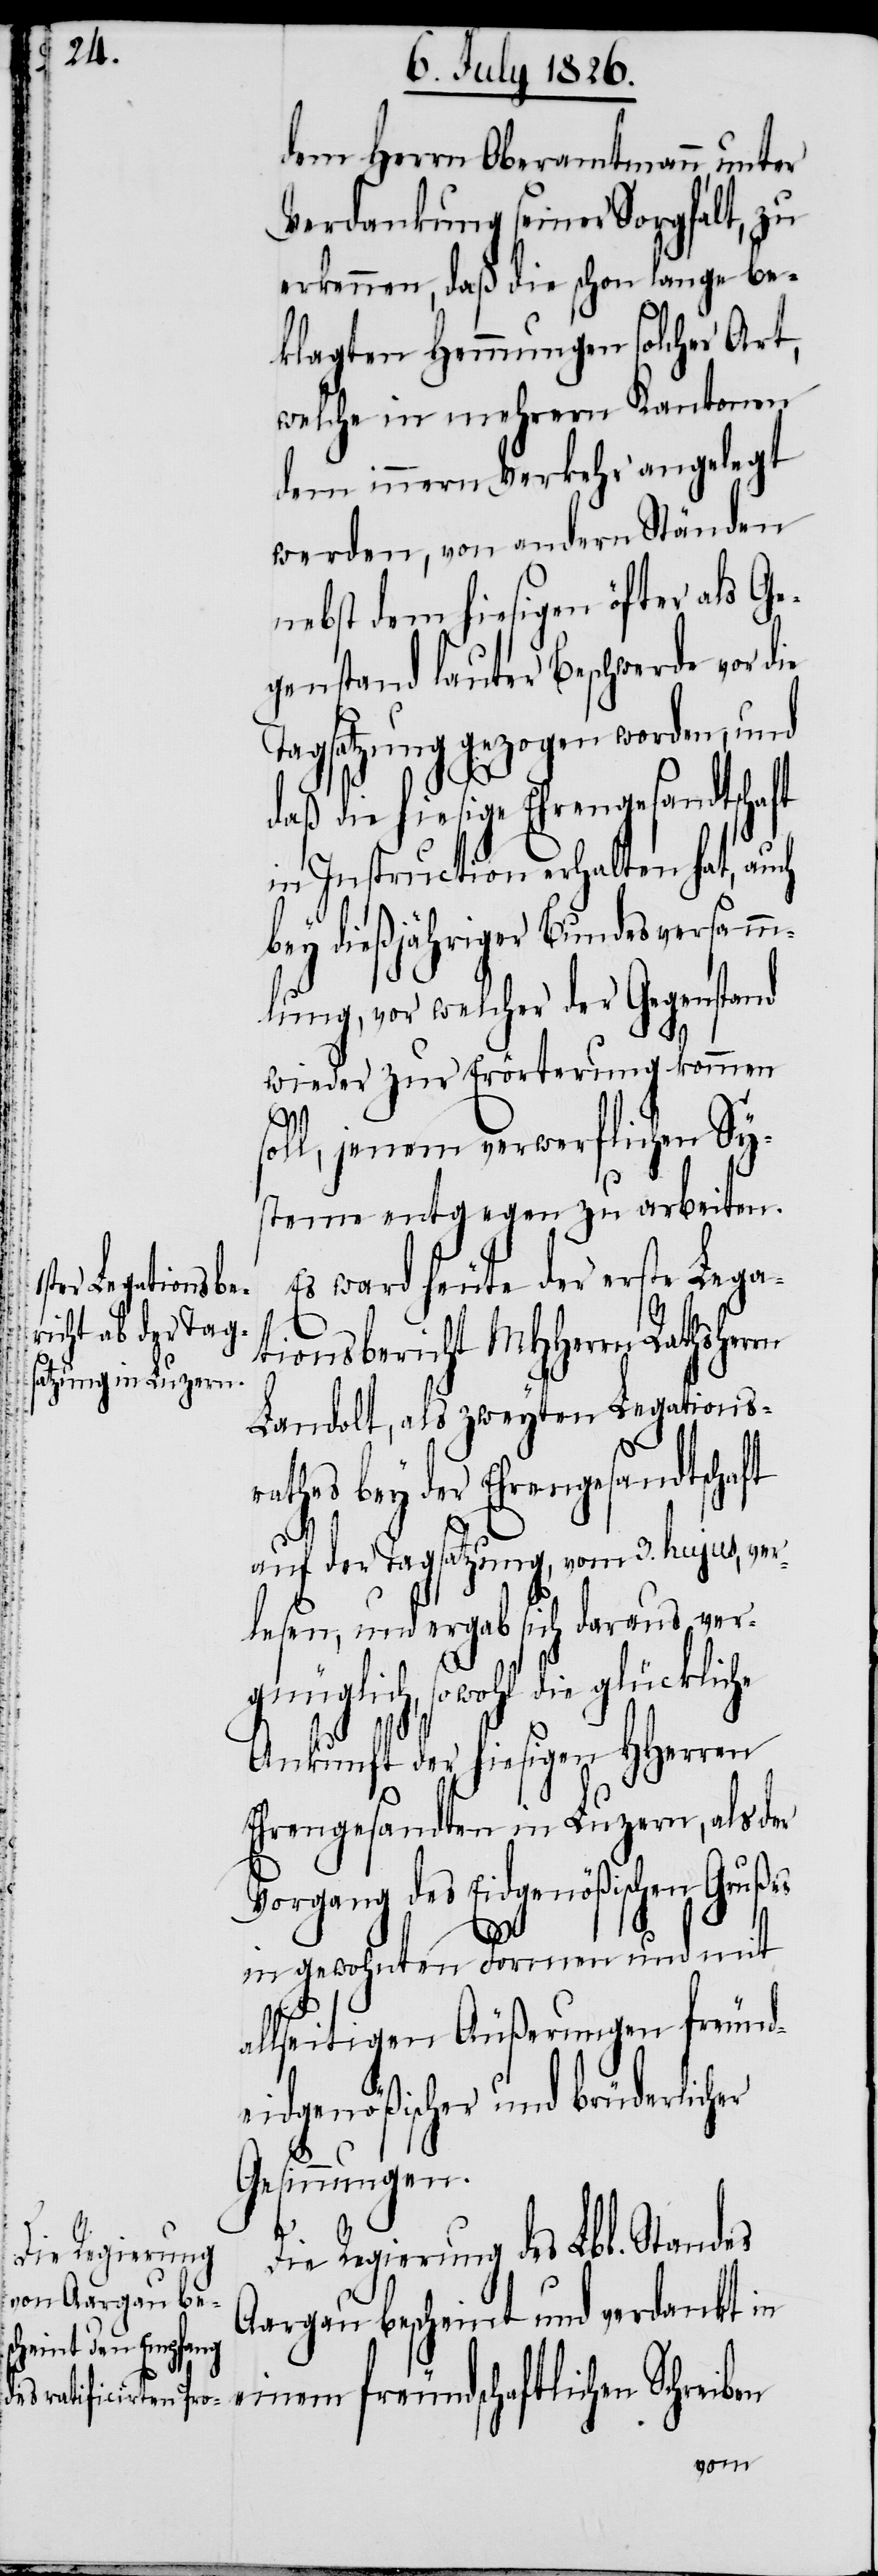
Die Regierung

dem Herrn Oberamtmann, unter
Verdankung seiner Sorgfalt, zu
erkennen, daß die schon lange be¬
klagten Hemmungen solcher Art,
welche in mehrern Kantonen
dem innern Verkehr angelegt
werden, von andern Ständen
nebst dem hiesigen öfter als Ge¬
genstand lauter Beschwerde vor die
Tagsatzung gezogen worden, und
rathes bey der Ehrengesandtschaft
in Instruction erhalten hat, auch
bey dießjähriger Bundesversamm¬
lung, vor welcher der Gegenstand
wieder zur Erörterung kommen
soll, jenem verwerflichen Sy¬
steme entgegen zu arbeiten.
Es ward heute der erste Lega¬
tionsbericht MHHerrn Rathsherrn
Landolt, als zweyten Legations¬
auf der Tagsatzung, vom 3. hujus, ver¬
lesen, und ergab sich daraus ver¬
gnüglich, sowohl die glückliche
Ankunft der hiesigen HHerren
Ehrengesandten in Luzern, als der
Vorgang des Eidgenößischen Grußes
in gewohnten Formen und mit
allseitigen Äußerungen freund¬
eidgenößischer und brüderlicher
Gesinnungen.
des Lbl. Standes
Aargau bescheint und verdankt in
einem freundschaftlichen Schreib¬
en